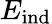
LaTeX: E_{\mathrm{ind}}